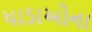
ધાડાઓના